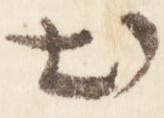
出